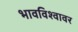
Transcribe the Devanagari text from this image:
भावविश्वावर